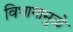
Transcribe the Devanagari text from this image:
विभागामुळे